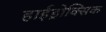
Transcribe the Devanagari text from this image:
हाईड्रोक्सिक